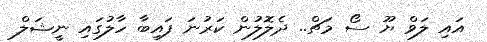
އައި ލަވް ޔޫ ސޯ މަޗް.. ދެލޮލުން ކަރުނަ ފައިބާ ހާލުގައި ނީޝަލް